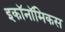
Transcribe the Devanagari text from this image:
इकॉनॉमिकस